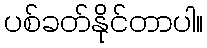
ပစ်ခတ်နိုင်တာပါ။